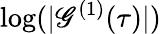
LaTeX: \log(|\mathscr{G}^{(1)}(\tau)|)